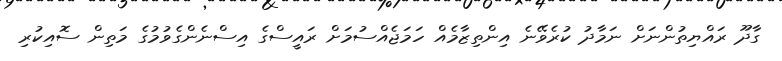
ގާދޫ ރައްޔިތުންނަށް ނަމާދު ކުރެވޭނެ އިންތިޒާމެއް ހަމަޖެއްސުމަށް ރައީސްގެ އިސްނެންގެވުމުގެ މަތިން ސޮއިކުރި